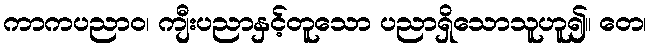
ကာကပညာဝ၊ ကျီးပညာနှင့်တူသော ပညာရှိသောသူဟူ၍။ တေ၊